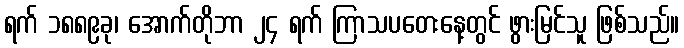
ရက် ၁၈၈၉ခု၊ အောက်တိုဘာ ၂၄ ရက် ကြာသပတေးနေ့တွင် ဖွားမြင်သူ ဖြစ်သည်။